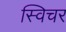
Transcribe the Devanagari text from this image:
स्विचर